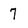
Character: 7